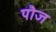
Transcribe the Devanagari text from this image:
पौज